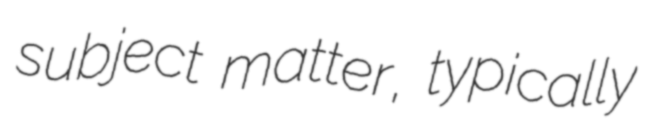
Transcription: subject matter, typically